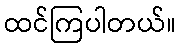
ထင်ကြပါတယ်။